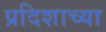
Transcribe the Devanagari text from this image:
प्रदिशाच्या